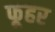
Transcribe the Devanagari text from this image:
फूहर